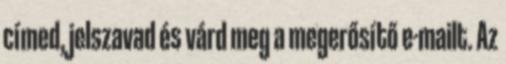
címed, jelszavad és várd meg a megerősítő e-mailt. Az